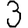
Digit: 3